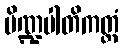
ပိဏ္ဍပါတိကတ္တံ